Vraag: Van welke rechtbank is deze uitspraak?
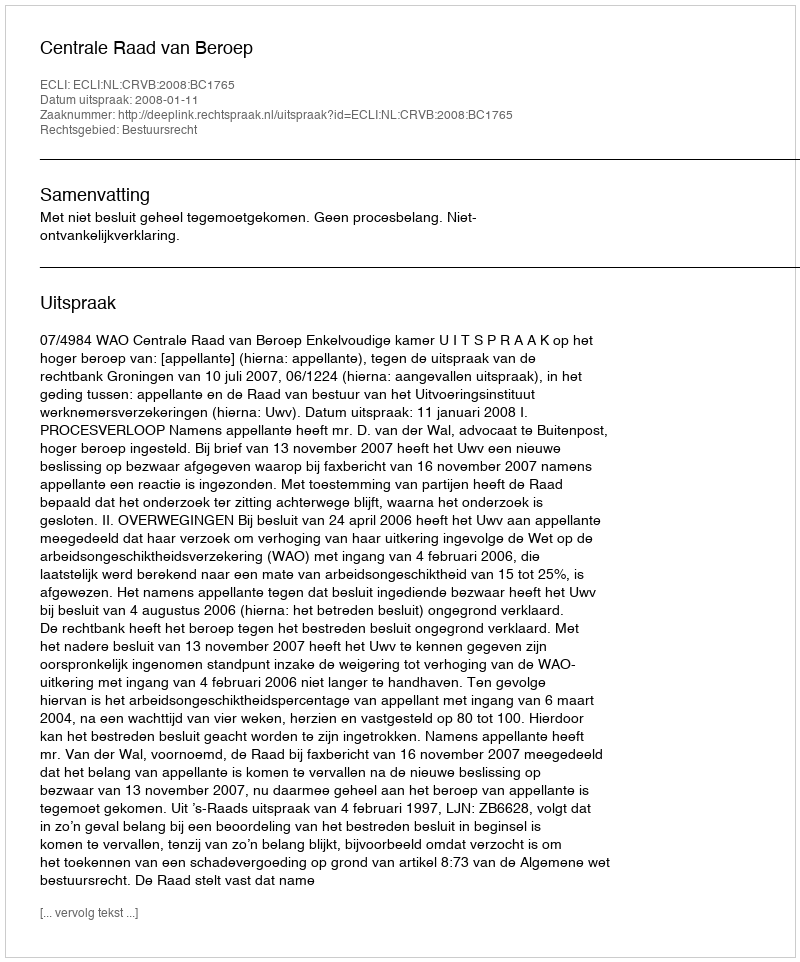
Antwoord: Centrale Raad van Beroep